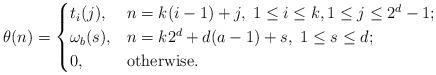
LaTeX: \begin{align*}\theta(n)=\begin{cases} t_i(j), &n=k(i-1)+j,\;1\leq i\leq k,1\leq j\leq 2^d-1; \\ \omega_b(s), & n=k2^d+d(a-1)+s, \;1\leq s\leq d;\\ 0,& \mathrm{otherwise}.\end{cases}\end{align*}